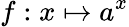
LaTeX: f:x\mapsto a^{x}